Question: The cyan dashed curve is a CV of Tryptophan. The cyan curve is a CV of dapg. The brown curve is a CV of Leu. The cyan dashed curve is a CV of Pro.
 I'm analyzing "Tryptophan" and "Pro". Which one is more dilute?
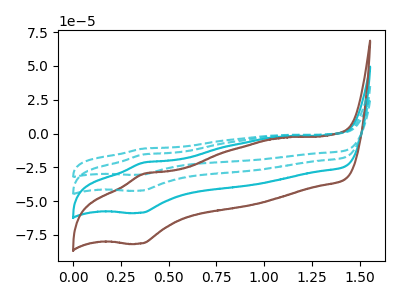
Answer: <think>The cyan dashed curve "Tryptophan" has an anodic peak at (0.35V, -11.20uA) and a cathodic peak at (0.35V, -30.45uA). The cyan curve "dapg" has an anodic peak at (0.35V, -31.05uA) and a cathodic peak at (0.35V, -84.55uA). The brown curve "Leu" has an anodic peak at (0.35V, -46.55uA) and a cathodic peak at (0.35V, -126.80uA). The cyan dashed curve "Pro" has an anodic peak at (0.35V, -15.50uA) and a cathodic peak at (0.35V, -42.25uA).
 All the peaks in "Tryptophan" have a peak in "Pro" at the same potential.</think>
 <answer>I cant tell if "Tryptophan" or "Pro" has higher concentration.</answer>
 <eval>mixed_concentration</eval>